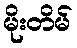
မိုးတိမ်